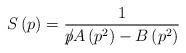
LaTeX: \begin{align*}S\left( p\right) =\frac{1}{p\hspace{-0.2cm}/ A\left(p^{2}\right) -B\left( p^{2}\right) }\end{align*}